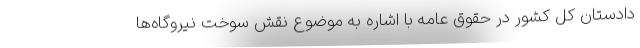
دادستان کل کشور در حقوق عامه با اشاره به موضوع نقش سوخت نیروگاه‌ها